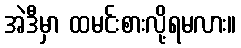
အဲဒီမှာ ထမင်းစားလို့ရမလား။